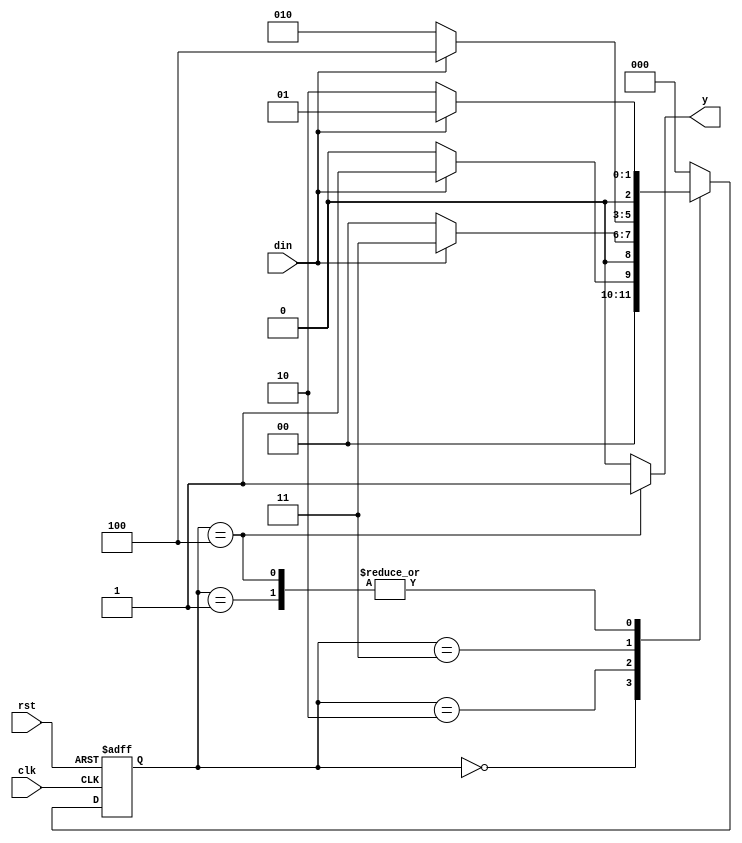
// This program was cloned from: https://github.com/Suni123456789/100DaysRTL
// License: Apache License 2.0

`timescale 1ns / 1ps

module fsm_1011(
    input clk,rst,din,
    output reg y);

parameter	S0=3'b000,
            S1=3'b001,
            S2=3'b010,
            S3=3'b011,
            S4=3'b100;

reg[2:0] cs, nst;

always @(posedge clk, posedge rst)
begin
	if(rst)
		cs<=S0;
	else
		cs<=nst;
end	

always @(cs,din)
begin
	case(cs)
		S0: begin
				if(din==1)
					nst<=S1;
				else
					nst<=S0;
			 end
			 
		S1: begin
				if(din==1)
					nst<=S1;
				else
					nst<=S2;
			 end
			 
		S2: begin
				if(din==1)
					nst<=S3;
				else
					nst<=S0;
			 end
			 
		S3: begin
				if(din==1)
					nst<=S4;
				else
					nst<=S2;
			 end
			 
		S4: begin
				if(din==1)
					nst<=S1;
				else
					nst<=S2;
			 end
		default: nst<=S0;
	endcase
end

always @(cs)
begin
	case(cs)
		S0: y<=0;
		S1: y<=0;
		S2: y<=0;
		S3: y<=0;
		S4: y<=1;
		default: y<=0;
	endcase
end

endmodule